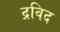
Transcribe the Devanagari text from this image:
द्रविद